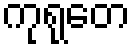
ကုရုတေ